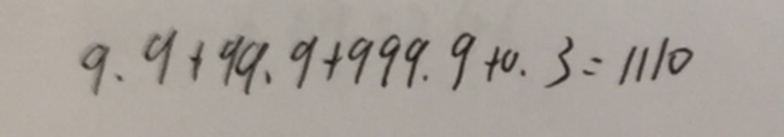
9 . 9 + 9 9 . 9 + 9 9 9 . 9 + 0 . 3 = 1 1 1 0